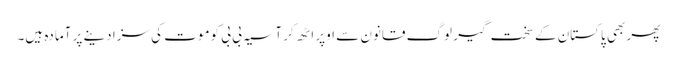
پھر بھی پاکستان کے سخت گیر لوگ قانون سے اوپر اٹھ کر آسیہ بی بی کوموت کی سزا دینے پر آمادہ ہیں۔